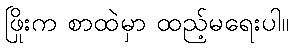
ဖြိုးက စာထဲမှာ ထည့်မရေးပါ။